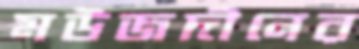
মউজদীনের